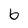
Character: b